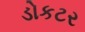
ડોકટર